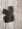
لا